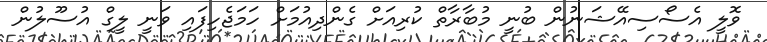
ވޮލީ އެސޯސިއޭޝަނުން ބުނީ މުބާރާތް ކުރިއަށް ގެންދިއުމަށް ހަމަޖެހިފައި ވަނީ ލީގް އުސޫލުން